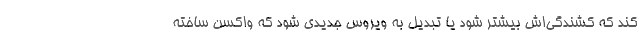
کند که کشندگی‌اش بیشتر شود یا تبدیل به ویروس جدیدی شود که واکسن ساخته